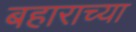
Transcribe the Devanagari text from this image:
बहाराच्या